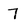
Character: 7